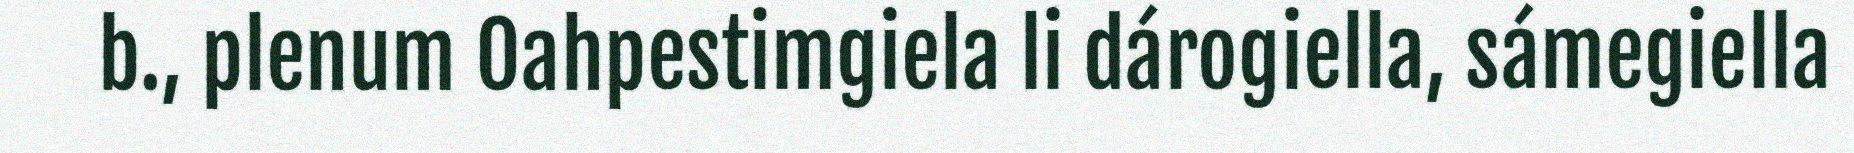
b., plenum Oahpestimgiela li dárogiella, sámegiella